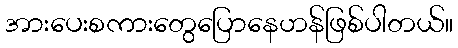
အားပေးစကားတွေပြောနေဟန်ဖြစ်ပါတယ်။